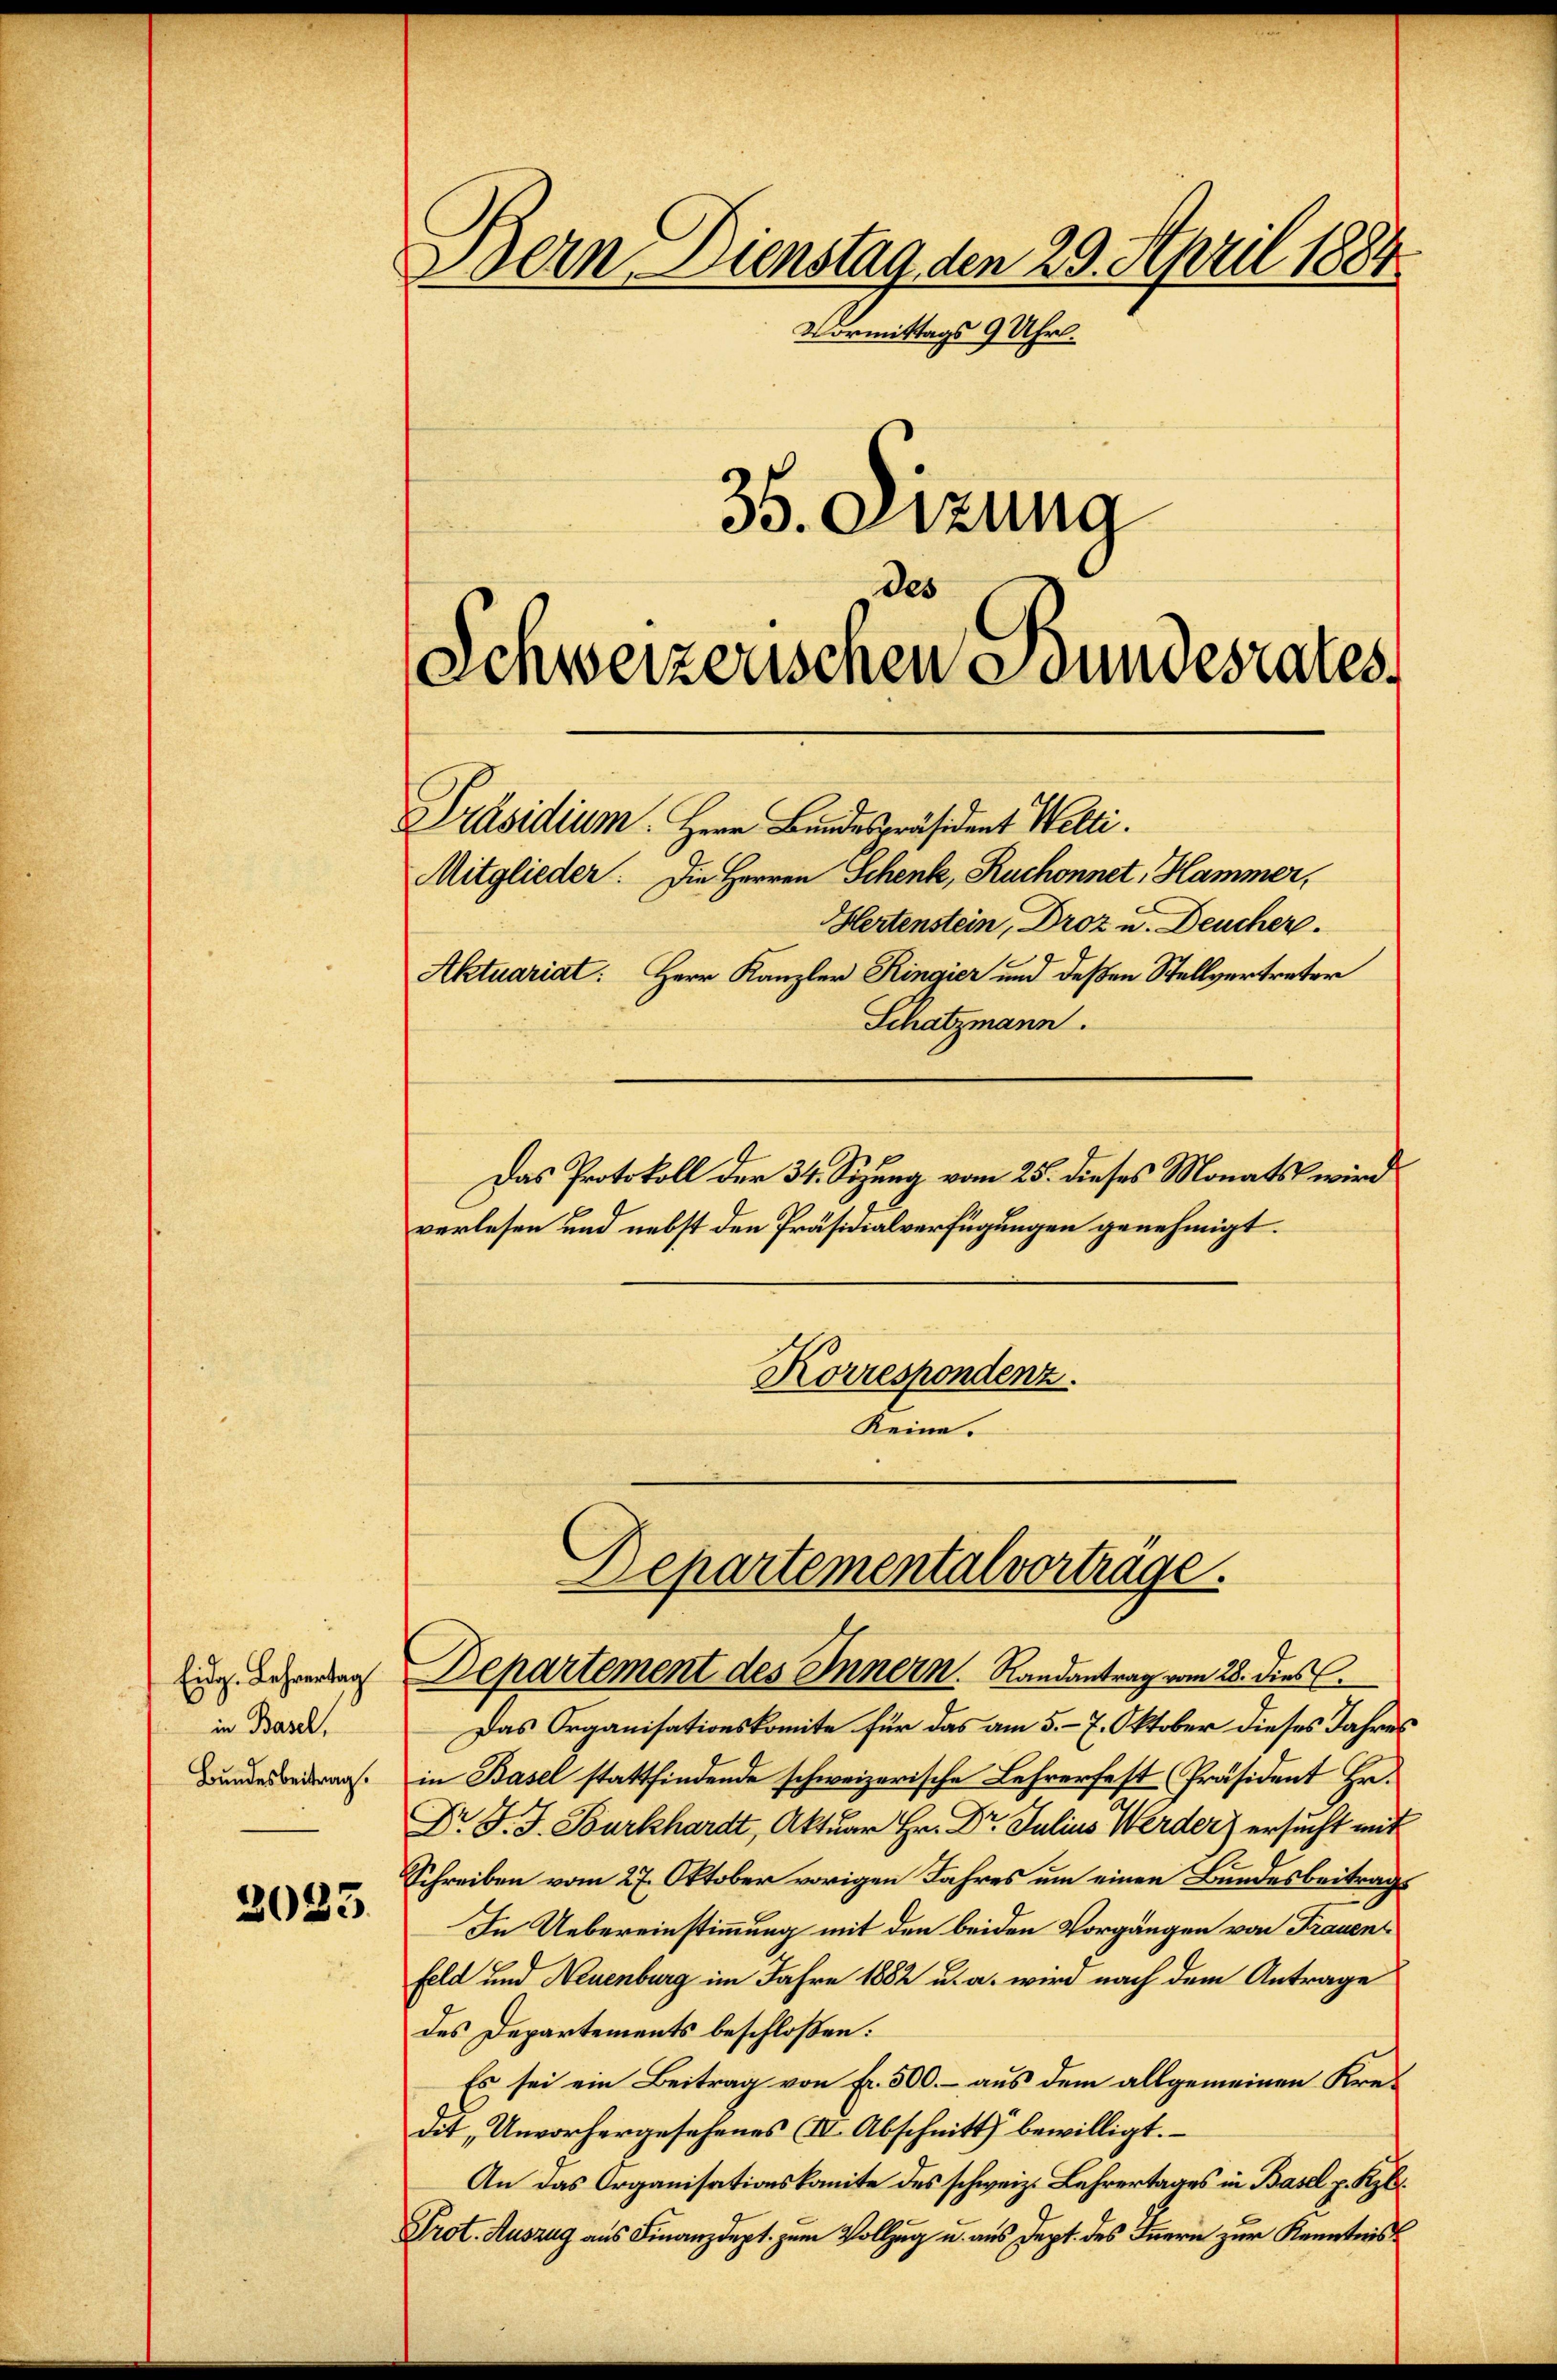
Eidg. Lehrertag
in Basel,
Bundesbeitrag.

2033.

Bern Dienstag den 29. April 1884
Vormittags 9 Uhr.
35. Sitzung

s
Schweizerischen Bundesrates

Mitglieder. Die Herren Schenk, Ruchonnet, Hammer,
Hertenstein, Droz u. Deucher.
Aktuariat: Herr Kanzler Ringier und deßen Stellvertreter
Schatzmann.
Das Protokoll der 34. Sizung vom 25. dieses Monats wird
verlesen und nebst den Präsidialverfügungen genehmigt.
Korrespondenz.
Reine.

Präsidium. Herr Bundespräsident Welti.

Departementalvortrage

Departement des Innern. Randantrag vom 28. dies
Das Organisationskomite für das am 5. 7. Oktober dieses Jahres
in Basel stattfindende schweizerische Lehrerfest (Präsident Hr.
Dr J. J. Burkhardt, Aktuar Hr. Dr. Julius Werder) ersucht mit
Schreiben vom 27. Oktober vorigen Jahres um einen Bundesbeitrage
In Uebereinstimmung mit den beiden Vorgängen von Frauenfeld und Neuenburg im Jahre 1882 u. a. wird nach dem Antrage
des Departements beschloßen:
Es sei ein Beitrag von Fr. 500.- aus dem allgemeinen Kre-
dit, Unvorhergesehenes III. Abschnitt bewilligt.
An das Organisationskomite des schweiz. Lehrertages in Basel p. Kzb.
Prot. Auszug aus Finanzdept. zum Vollzug u. aus dept. des Innern zur Kenntnis